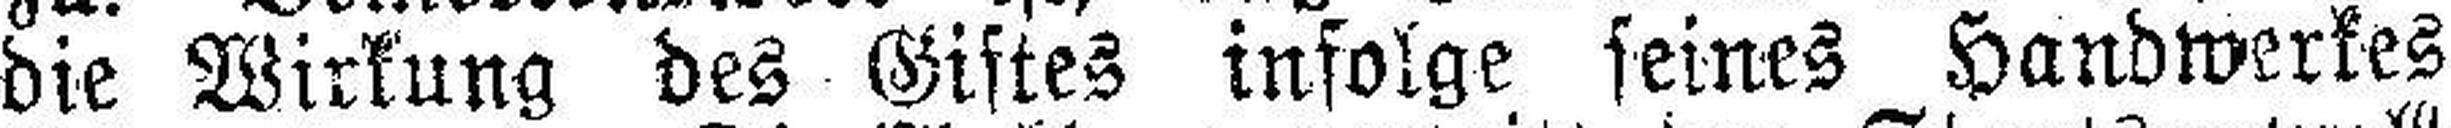
die Wirkung des Giftes infolge seines Handwerkes